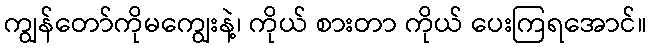
ကျွန်တော်ကိုမကျွေးနဲ့၊ ကိုယ် စားတာ ကိုယ် ပေးကြရအောင်။